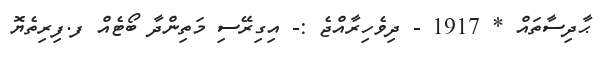
ޙާދިސާތައް * 1917 - ދިވެހިރާއްޖެ :- އިގިރޭސި މަތިންދާ ބޯޓެއް ފ.ފިރިތެޔޮ